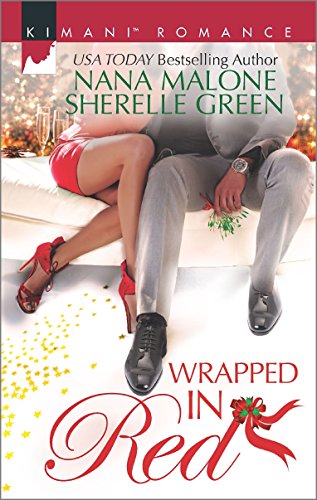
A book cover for Wrapped in Red: Mistletoe Mantra\White Hot Holiday (Kimani Romance); Nana Malone; Romance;